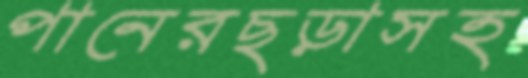
পানেরছড়াসহ